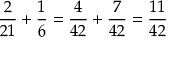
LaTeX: { \frac { 2 } { 2 1 } } + { \frac { 1 } { 6 } } = { \frac { 4 } { 4 2 } } + { \frac { 7 } { 4 2 } } = { \frac { 1 1 } { 4 2 } }